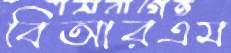
বিআরএম